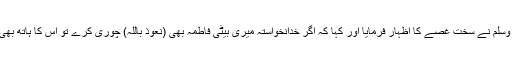
آپ صلی اللہ علیہ وسلم نے سخت غصے کا اظہار فرمایا اور کہا کہ اگر خدانخواستہ میری بیٹی فاطمہؓ بھی (نعوذ باللہ) چوری کرے تو اس کا ہاتھ بھی ضرور کاٹوں گا۔